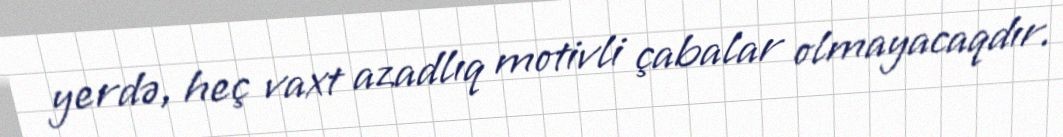
yerdə, heç vaxt azadlıq motivli çabalar olmayacaqdır.